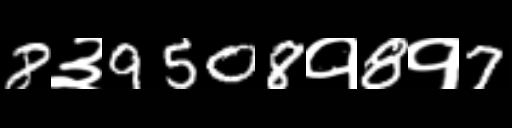
Text: 8३9508१8१7